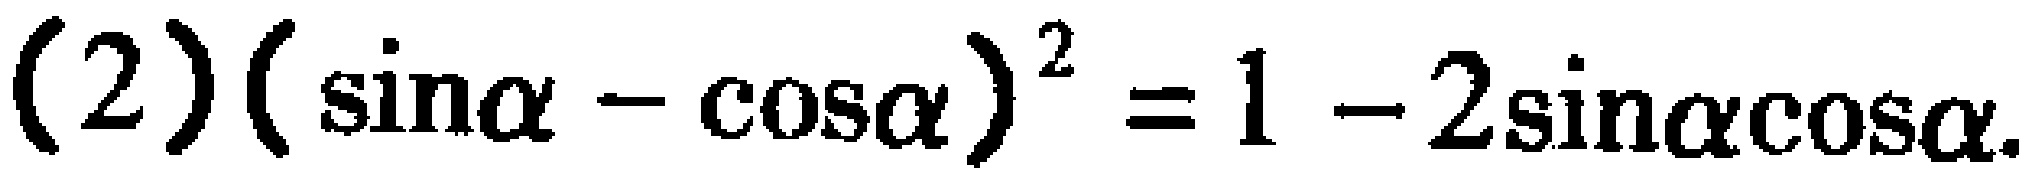
\((2)(\sin\alpha - \cos\alpha)^2 = 1 - 2\sin\alpha\cos\alpha\)